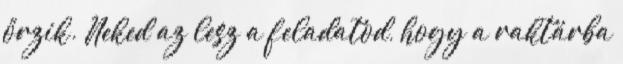
őrzik. Neked az lesz a feladatod, hogy a raktárba